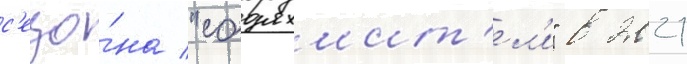
с'езо́на "сокрушит'ел'и" в 2021